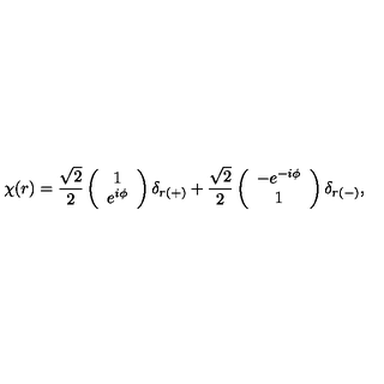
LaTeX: \chi ( r ) = \frac { \sqrt { 2 } } { 2 } \left( \begin{array} { c } { 1 } \\ { e ^ { i \phi } } \\ \end{array} \right) \delta _ { r ( + ) } + \frac { \sqrt { 2 } } { 2 } \left( \begin{array} { c } { - e ^ { - i \phi } } \\ { 1 } \\ \end{array} \right) \delta _ { r ( - ) } ,